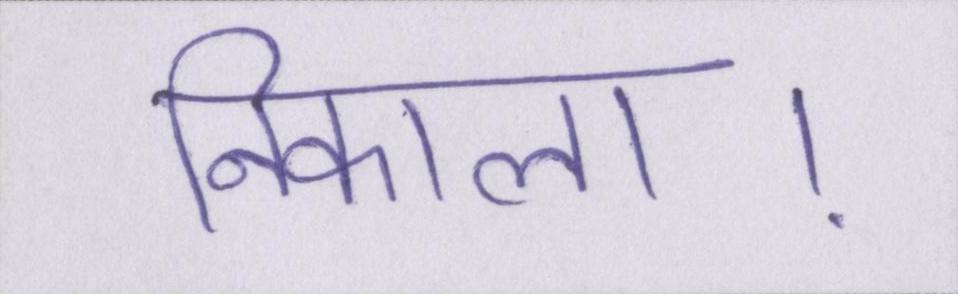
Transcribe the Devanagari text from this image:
निकाला।